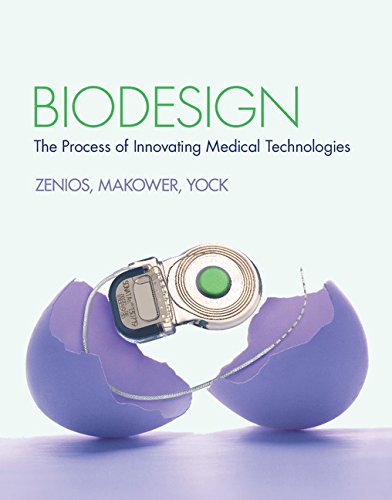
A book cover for Biodesign: The Process of Innovating Medical Technologies; Stefanos Zenios; Medical Books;